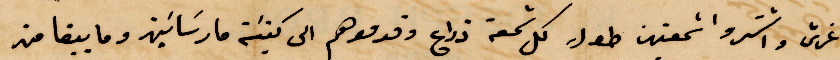
غرش واشتروا شمعتين طول كل شمعة ذراع وقدموهم الى كنيسة مار ساسين وما يبقا من